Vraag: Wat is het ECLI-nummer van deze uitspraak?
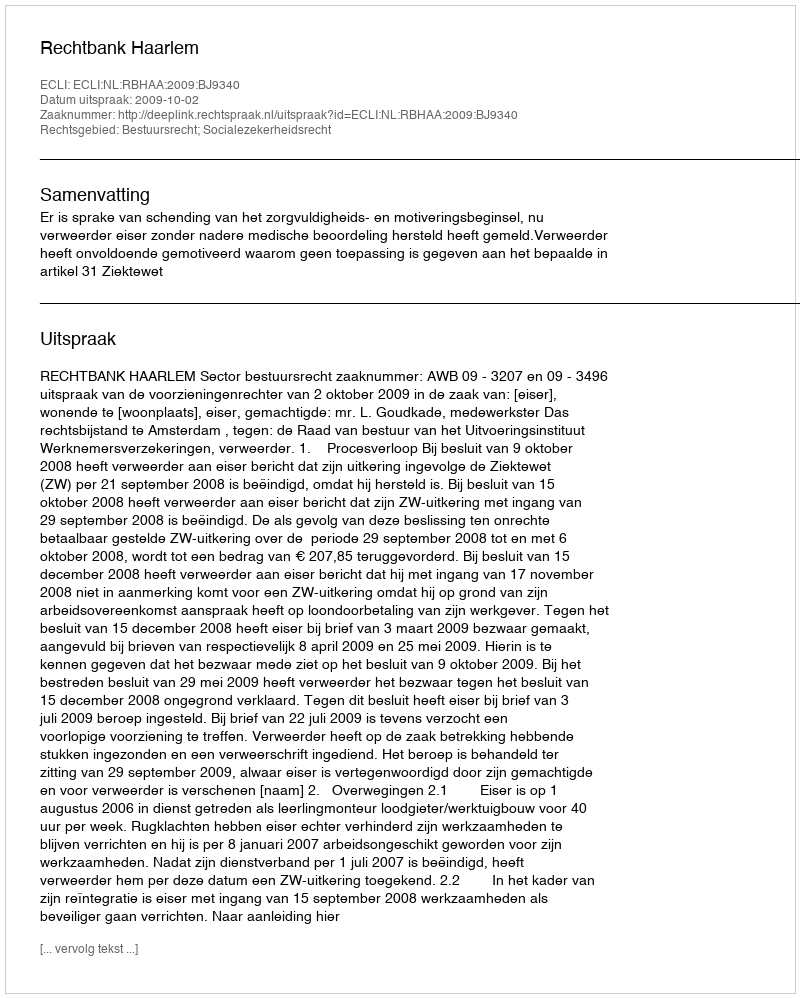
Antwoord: ECLI:NL:RBHAA:2009:BJ9340